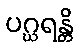
ပဂ္ဃရန္တိ